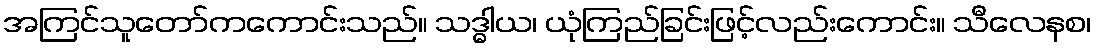
အကြင်သူတော်ကကောင်းသည်။ သဒ္ဓါယ၊ ယုံကြည်ခြင်းဖြင့်လည်းကောင်း။ သီလေနစ၊